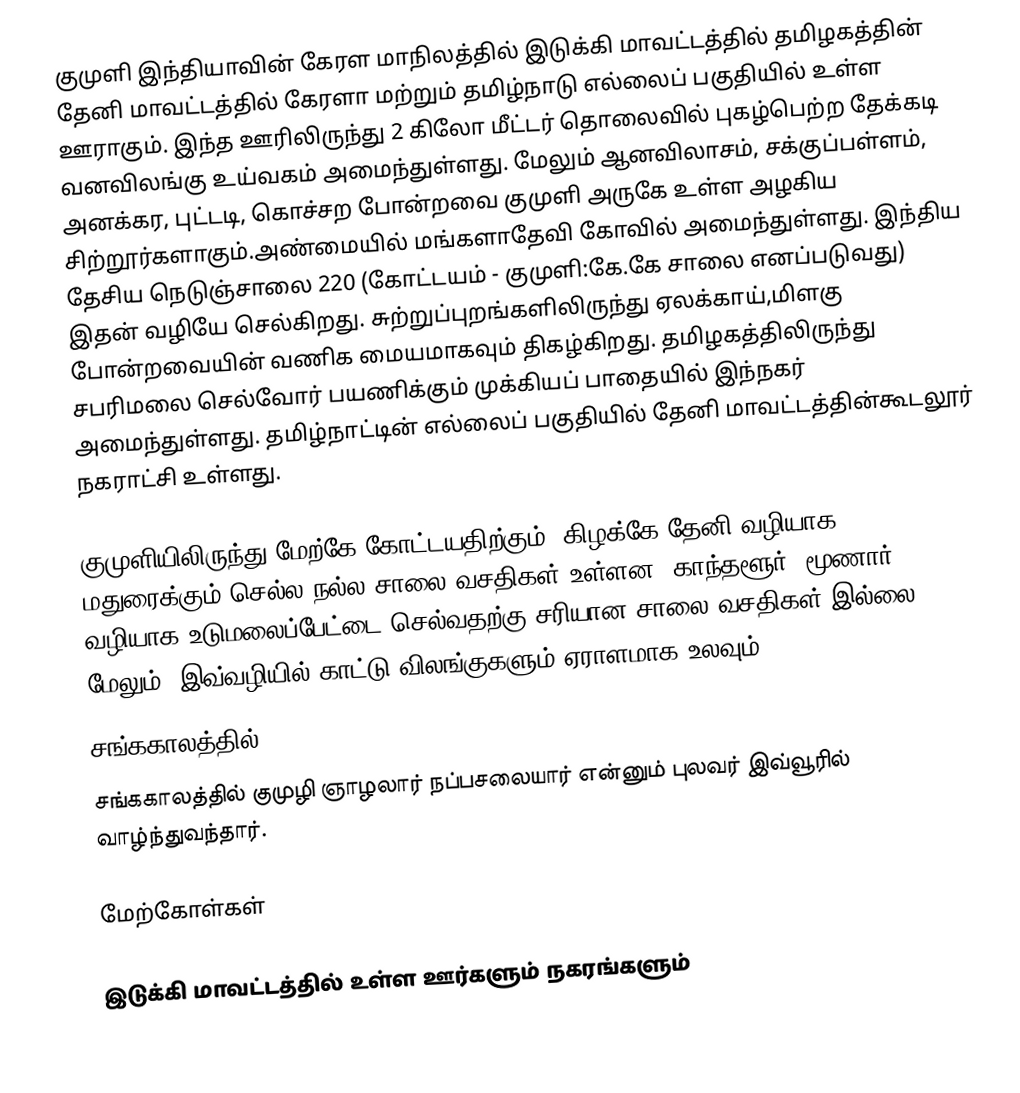
குமுளி இந்தியாவின் கேரள மாநிலத்தில் இடுக்கி மாவட்டத்தில் தமிழகத்தின் தேனி மாவட்டத்தில் கேரளா மற்றும் தமிழ்நாடு எல்லைப் பகுதியில் உள்ள ஊராகும். இந்த ஊரிலிருந்து 2 கிலோ மீட்டர் தொலைவில் புகழ்பெற்ற தேக்கடி வனவிலங்கு உய்வகம் அமைந்துள்ளது. மேலும் ஆனவிலாசம், சக்குப்பள்ளம், அனக்கர, புட்டடி, கொச்சற போன்றவை குமுளி அருகே உள்ள அழகிய சிற்றூர்களாகும்.அண்மையில் மங்களாதேவி கோவில்  அமைந்துள்ளது. இந்திய தேசிய நெடுஞ்சாலை 220 (கோட்டயம் - குமுளி:கே.கே சாலை எனப்படுவது) இதன் வழியே செல்கிறது. சுற்றுப்புறங்களிலிருந்து ஏலக்காய்,மிளகு போன்றவையின் வணிக மையமாகவும் திகழ்கிறது. தமிழகத்திலிருந்து சபரிமலை செல்வோர் பயணிக்கும் முக்கியப் பாதையில் இந்நகர் அமைந்துள்ளது. தமிழ்நாட்டின் எல்லைப் பகுதியில் தேனி மாவட்டத்தின்கூடலூர் நகராட்சி உள்ளது.

குமுளியிலிருந்து மேற்கே கோட்டயதிற்கும், கிழக்கே தேனி வழியாக மதுரைக்கும் செல்ல நல்ல சாலை வசதிகள் உள்ளன. காந்தளூர், மூணார் வழியாக உடுமலைப்பேட்டை செல்வதற்கு சரியான சாலை வசதிகள் இல்லை. மேலும், இவ்வழியில் காட்டு விலங்குகளும் ஏராளமாக உலவும்.
சங்ககாலத்தில்
சங்ககாலத்தில் குமுழி ஞாழலார் நப்பசலையார் என்னும் புலவர் இவ்வூரில் வாழ்ந்துவந்தார்.

மேற்கோள்கள்

இடுக்கி மாவட்டத்தில் உள்ள ஊர்களும் நகரங்களும்